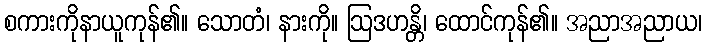
စကားကိုနာယူကုန်၏။ သောတံ၊ နားကို။ ဩဒဟန္တိ၊ ထောင်ကုန်၏။ အညာအညာယ၊